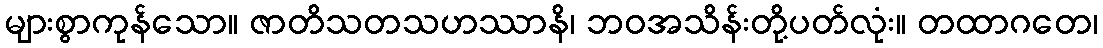
များစွာကုန်သော။ ဇာတိသတသဟဿာနိ၊ ဘဝအသိန်းတို့ပတ်လုံး။ တထာဂတေ၊